Leaving Certificate Examination (including Day School Certificate (Higher) General paper), 1928
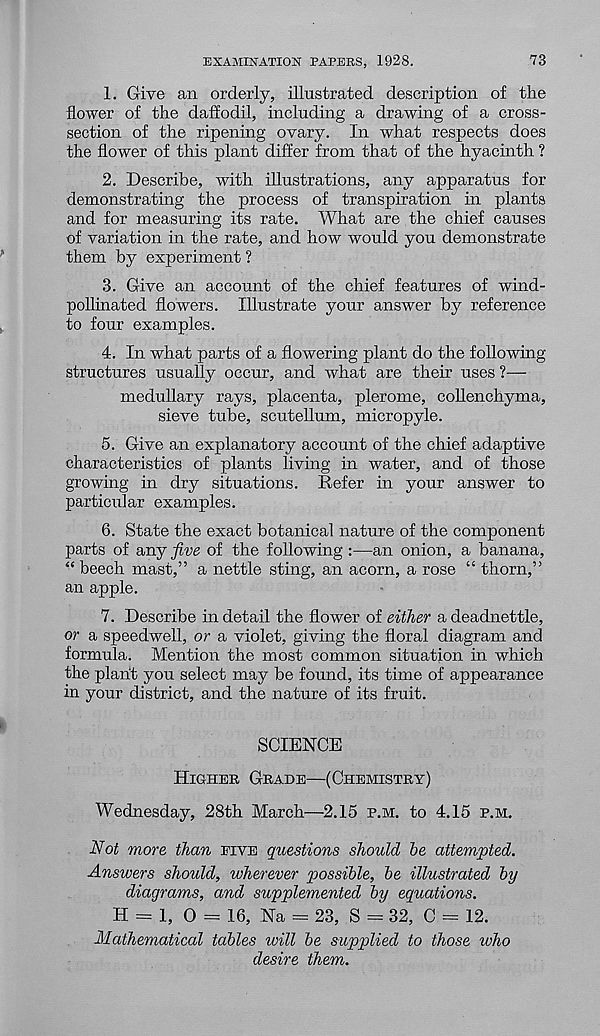
EXAMINATION PAPERS, 1928.
73
1. Give an orderly, illustrated description of the
flower of the daffodil, including a drawing of a cross-
section of the ripening ovary. In what respects does
the flower of this plant differ from that of the hyacinth ?
2. Describe, with illustrations, any apparatus for
demonstrating the process of transpiration in plants
and for measuring its rate. What are the chief causes
of variation in the rate, and how would you demonstrate
them by experiment ?
3. Give an account of the chief features of wind-
pollinated flowers. Illustrate your answer by reference
to four examples.
4. In what parts of a flowering plant do the following
structures usually occur, and what are their uses ?—
medullary rays, placenta, plerome, collenchyma,
sieve tube, scutellum, micropyle.
5. Give an explanatory account of the chief adaptive
characteristics of plants living in water, and of those
growing in dry situations. Refer in your answer to
particular examples.
6. State the exact botanical nature of the component
parts of any five of the following :—an onion, a banana,
“ beech mast,” a nettle sting, an acorn, a rose “ thorn,”
an apple.
7. Describe in detail the flower of either a deadnettle,
or a speedwell, or a violet, giving the floral diagram and
formula. Mention the most common situation in which
the plant you select may be found, its time of appearance
in your district, and the nature of its fruit.
SCIENCE
Higher Grade—(Chemistry)
Wednesday, 28th March—2.15 p.m. to 4.15 p.m.
Not more than five questions should he attempted.
Answers should, wherever possible, be illustrated by
diagrams, and supplemented by equations.
H = 1, 0 = 16, Na = 23, S = 32, C = 12.
Mathematical tables will be supplied to those who
desire them.